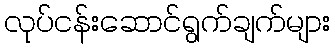
လုပ်ငန်းဆောင်ရွက်ချက်များ